Vaccination in Bombay 1913-1923 - 1913-1923
Year: 1913
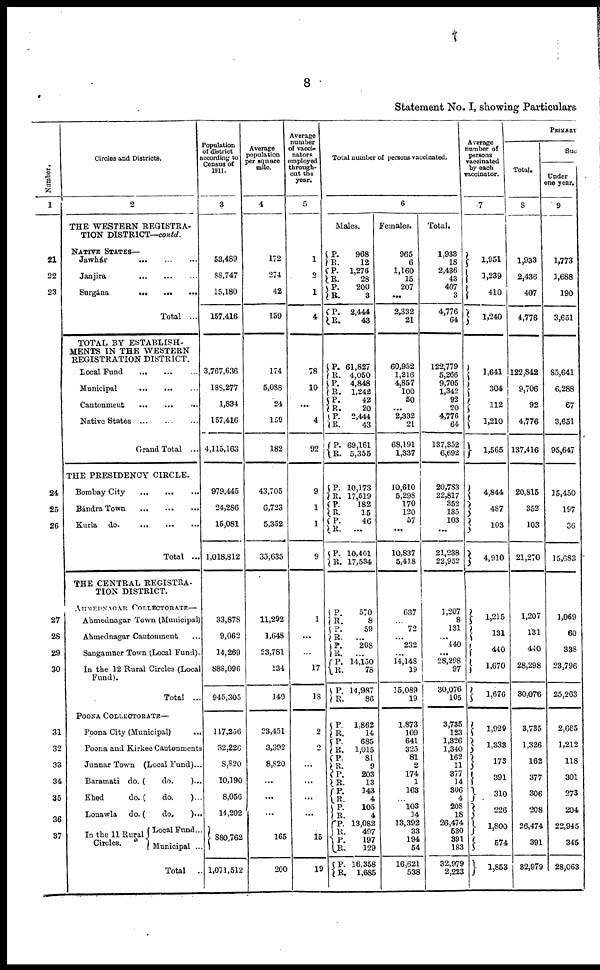
8
Statement No. I, showing Particulars
Number.
1
21
22
23
24
25
26
27
28
29
30
31
32
33
34
35
36
37
Circles and Districts.
2
THE WESTERN REGISTRA-
TION DISTRICT—contd.
Jawhár
...
...
...
Janjira
...
...
...
Surgána ... ... ...
Total ...
TOTAL BY ESTABLISH-
MENTS IN THE WESTERN
REGISTRATION DISTRICT.
Local Fund
...
...
...
Municipal
...
...
...
Cantonment
...
...
...
Native Statè
...
...
...
Grand Total ...
THE PRESIDENCY CIRCLE.
Bombay City
...
...
...
BándraTown
...
...
...
Kurla
do.
...
...
...
Total ...
THE CENTRAL REGISTRA-
TION DISTRICT.
AHMEDNAGAR COLLECTORATE—
Ahmednagar Town (Municipal)
Ahmednagar Cantonment ...
Sangamner Town (Local Fund).
In the 12 Rural Circles (Local
Fund).
Total
...
POONA COLLECTORATE—
Poona City (Municipal) ...
Poona and Kirkee Cantonments
Junnar Town (Local Fund)...
Baramati do. (
do.
)...
Khed
do. (
do.
)...
Lonawla
do. (
do.
)...
In the 11 Rural
Circles.
Local Fund...
Municipal ...
Total
..
Population
of district
according to
Census of
1911.
3
53,489
88,747
15,180
157,416
3,767,636
188,277
1,834
157,416
4,115,163
979,445
24,286
15,081
1,018,812
33,878
9,062
14,269
888,096
945,305
117,256
32,226
8,820
10,190
8,056
14,202
880,762
1,071,512
Average
population
per square
mile.
4
172
274
42
159
174
5,088
24
159
182
43,705
6,723
5,352
35,635
11,292
1,648
23,781
134
149
23,451
3,392
8,820
...
...
...
165
200
Average
number
of vacci¬
nators
employed
through-
out the
year.
5
1
2
1
4
78
10
... 4
92
9
1
1
9
1
...
...
17
18
2
2
...
...
...
...
15
19
Total number of persons vaccinated.
6
Males.
P.
R.
P.
R.
P.
R.
P.
R.
968
12
1,276
28
200
3
2,444
43
P.
R.
P.
R.
P.
R.
P.
R.
P.
R.
61,827
4,050
4,848
1,242
42
20
2,444
43
69,161
5,355
P.
R.
P.
R.
P.
R.
P.
R.
10,173
17,519
182
15
46
...
10,401
17,534
P.
R.
P.
R.
P.
R.
P.
R.
P.
R.
570
8
59
...
208
...
14,150
76
14,987
86
P.
R.
P.
R.
P.
R.
P.
R.
P.
R.
P.
R.
P.
R.
P.
R.
P.
R.
1,862
14
685
1,015
81
9
203
13
143
4
105
4
13,082
497
197
129
16,358
1,685
Females.
965
6
1,160
15
207
...
2,332
21
60,952
1,216
4,857
100
50
...
2,332
21
68,191
1,337
10,610
5,298
170
120
57
...
10,837
5,418
637
...
72
...
232
...
14,148
19
15,089
19
1,873
109
641
325
81
2
174
1
163
...
103
34
13,392
33
194
54
16,621
538
Total.
1,933
18
2,436
43
407
3
4,776
64
122,779
5,266
9,705
1,342
92
20
4,776
64
137,352
6,692
20,783
22,817
352
135
103
...
21,238
22,952
1,207
8
131
...
440
...
28,298
97
30,076
105
3,735
123
1,326
1,340
162
11
377
14
306
4
208
18
26,474
530
391
183
32,979
2,223
Average
number of
persons
vaccinated
by each
vaccinator.
7
1,951
1,239
410
1,240
1,641
304
112
1,210
1,565
4,844
487
103
4,910
1,215
131
440
1,670
1,676
1,929
1,333
173
391
310
226
1,800
574
1,853
PRIMARY
Total.
8
1,933
2,436
407
4,776
122,842
9,706
92
4,776
137,416
20,815
352
103
21,270
1,207
131
440
28,298
30,076
3,735
1,326
162
377
306
208
26,474
391
32,979
Suc
Under
one year.
9
1,773
1,688
190
3,651
85,641
6,288
67
3,651
95,647
15,450
197
36
15,683
1,069
60
338
23,796
25,263
2,665
1,212
118
301
273
204
22,945
345
28,063